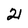
Character: 2